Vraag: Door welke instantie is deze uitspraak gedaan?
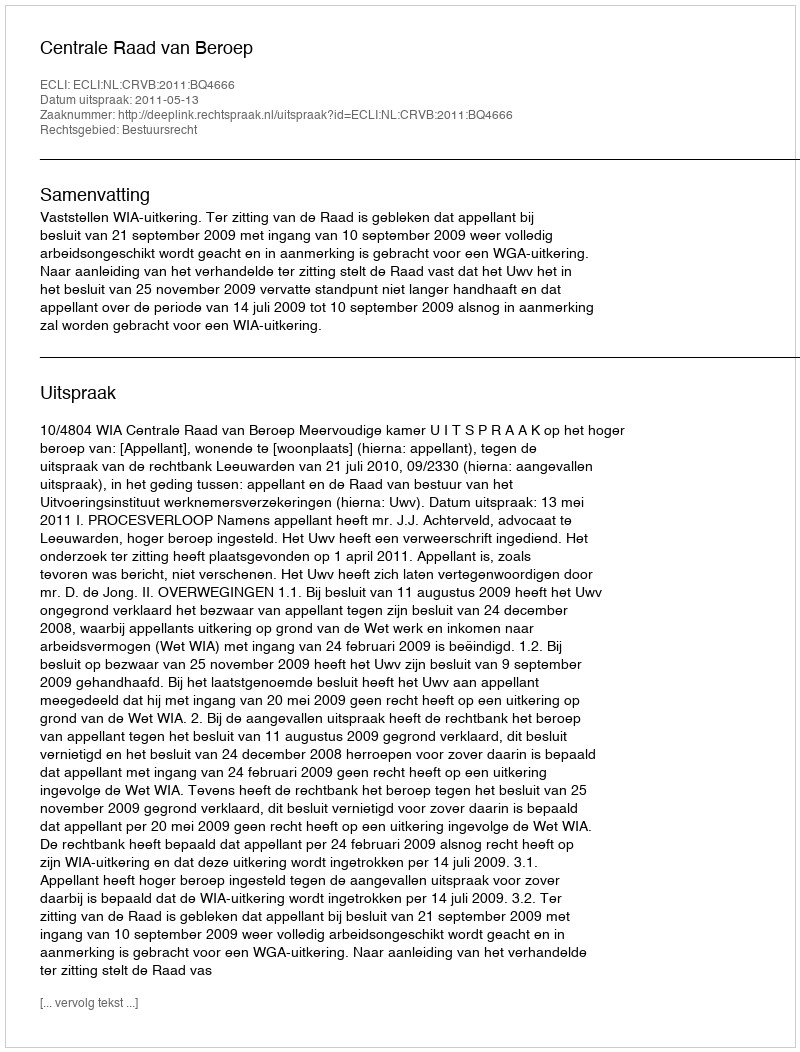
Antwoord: Centrale Raad van Beroep